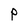
Character: P